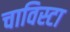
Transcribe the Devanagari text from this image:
चाविस्टा